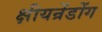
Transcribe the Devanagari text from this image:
क्षीयन्रेंडोंग